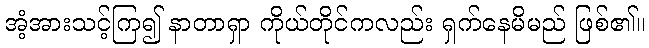
အံ့အားသင့်ကြ၍ နာတာရှာ ကိုယ်တိုင်ကလည်း ရှက်နေမိမည် ဖြစ်၏။